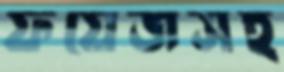
ফয়েজসহ